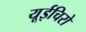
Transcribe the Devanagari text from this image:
यूईचिरो